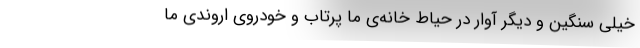
خیلی سنگین و دیگر آوار در حیاط خانه‌ی ما پرتاب و خودروی اروندیِ ما